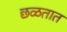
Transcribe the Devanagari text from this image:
छळतात